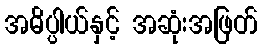
အဓိပ္ပါယ်နှင့် အဆုံးအဖြတ်